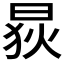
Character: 𱢃